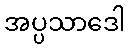
အပ္ပသာဒေါ